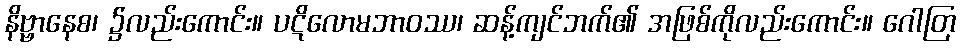
နိဗ္ဗာနေစ၊ ၌လည်းကောင်း။ ပဋိလောမဘာဝဿ၊ ဆန့်ကျင်ဘက်၏ အဖြစ်ကိုလည်းကောင်း။ ဂေါတြ